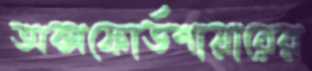
অক্সফোর্ডশায়ারের